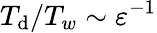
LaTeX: T_{\mathrm{d}}/T_{w}\sim{\varepsilon}^{-1}